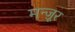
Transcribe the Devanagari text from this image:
मन्ज़ूर